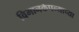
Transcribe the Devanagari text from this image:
विमानकंपन्याच्या